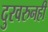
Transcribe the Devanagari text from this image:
दुरवरुनही